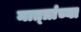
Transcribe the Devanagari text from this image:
मात्त्रांच्या